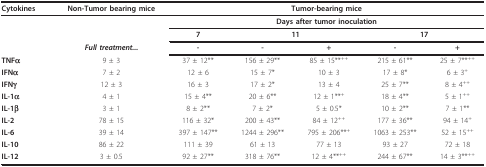
| Cytokines | Non-Tumor bearing mice | <COLSPAN=5> Tumor-bearing mice |
 | --- | --- | --- | --- | --- | --- | --- |
 |  |  | <COLSPAN=5> Days after tumor inoculation |
 |  |  | 7 | <COLSPAN=2> 11 | <COLSPAN=2> 17 |
 |  | Full treatment... | - | - | + | - | + |
 | TNFα | 9 ± 3 | 37 ± 12** | 156 ± 29** | 85 ± 15**++ | 215 ± 61** | 25 ± 7**++ |
 | IFNα | 7 ± 2 | 12 ± 6 | 15 ± 7* | 10 ± 3 | 17 ± 8* | 6 ± 3+ |
 | IFNγ | 12 ± 3 | 16 ± 3 | 17 ± 2* | 13 ± 4 | 25 ± 7** | 8 ± 4++ |
 | IL-1α | 4 ± 1 | 15 ± 4** | 20 ± 6** | 12 ± 1**+ | 18 ± 4** | 5 ± 1++ |
 | IL-1β | 3 ± 1 | 8 ± 2** | 7 ± 2* | 5 ± 0.5* | 10 ± 2** | 7 ± 1** |
 | IL-2 | 78 ± 15 | 116 ± 32* | 200 ± 43** | 84 ± 12++ | 177 ± 36** | 94 ± 14+ |
 | IL-6 | 39 ± 14 | 397 ± 147** | 1244 ± 296** | 795 ± 206**+ | 1063 ± 253** | 52 ± 15++ |
 | IL-10 | 86 ± 22 | 111 ± 39 | 61 ± 13 | 77 ± 13 | 93 ± 27 | 72 ± 18 |
 | IL-12 | 3 ± 0.5 | 92 ± 27** | 318 ± 76** | 12 ± 4**++ | 244 ± 67** | 14 ± 3**++ |